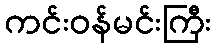
ကင်းဝန်မင်းကြီး